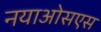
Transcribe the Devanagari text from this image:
नयाओसएस